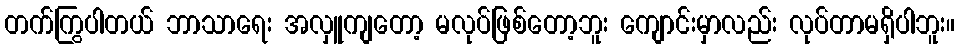
တက်ကြွပါတယ် ဘာသာရေး အလှူကျတော့ မလုပ်ဖြစ်တော့ဘူး ကျောင်းမှာလည်း လုပ်တာမရှိပါဘူး။